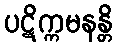
ပဋိက္ကမနန္တိ